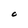
Character: 0